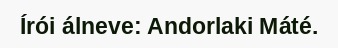
Írói álneve: Andorlaki Máté.